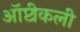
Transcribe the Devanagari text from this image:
ऑप्टीकली